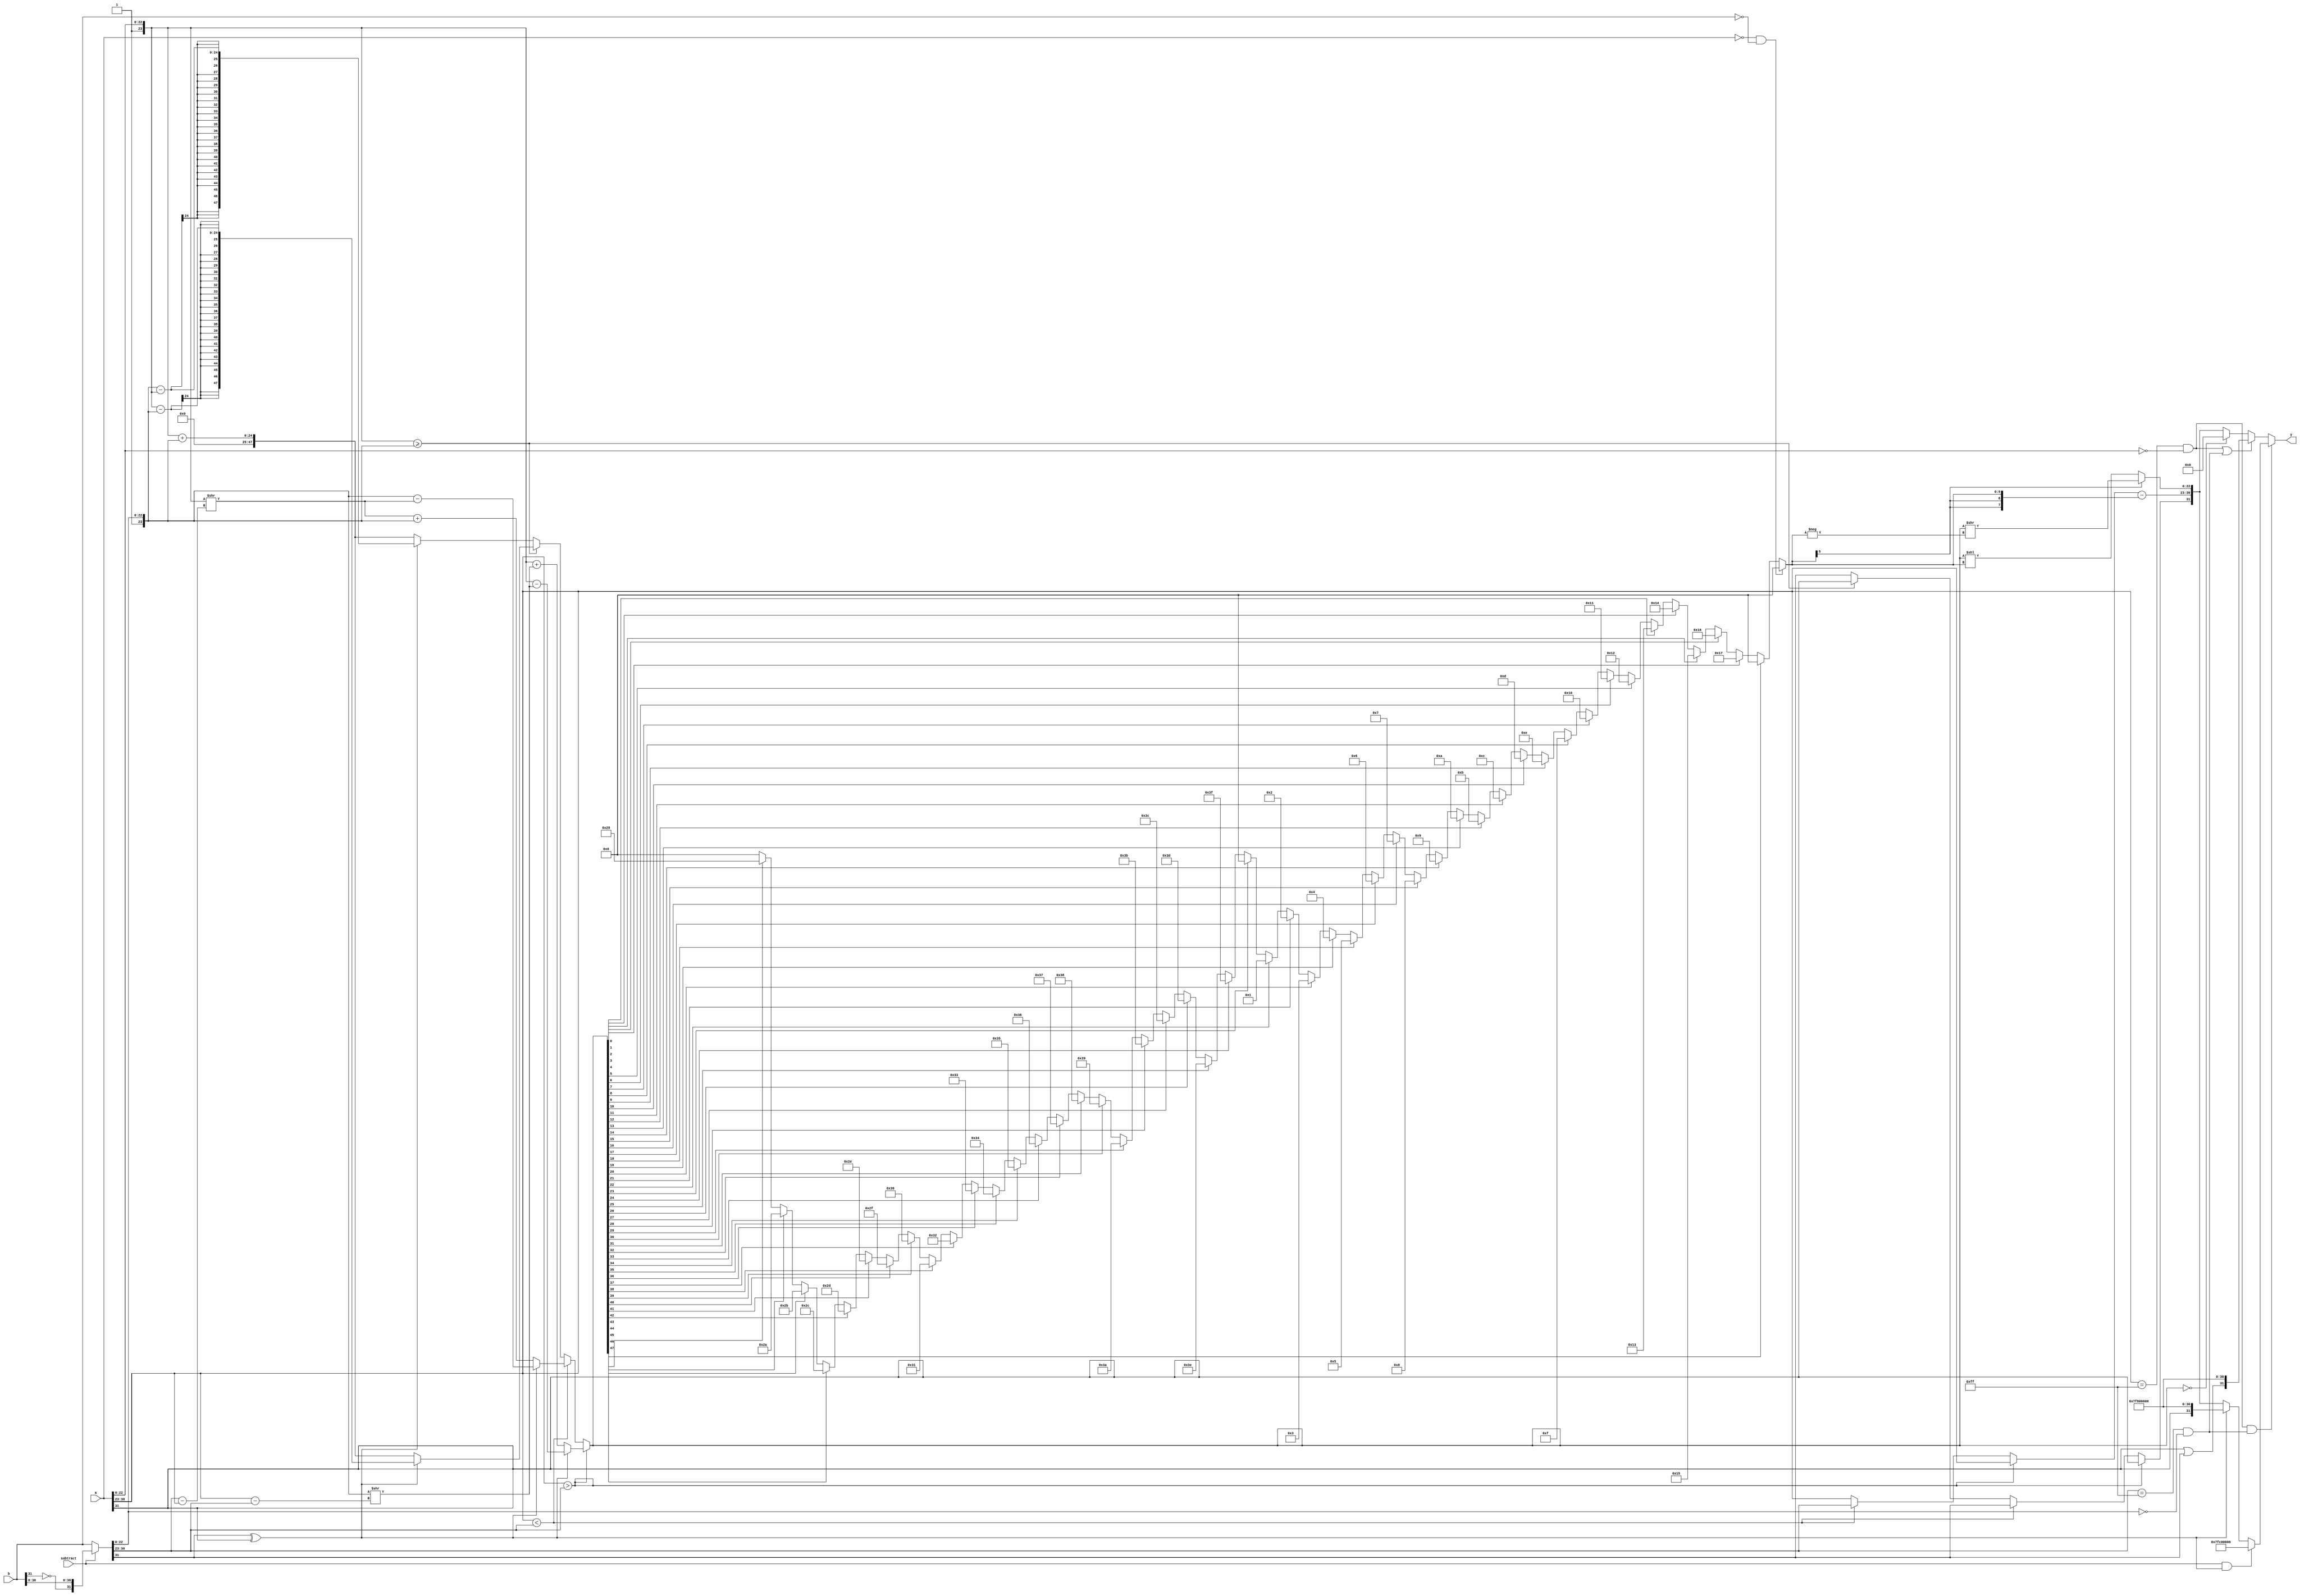
module fp_addsub (
	a,
	b,
	subtract,
	y
);
	input wire [31:0] a;
	input wire [31:0] b;
	input wire subtract;
	output reg [31:0] y;
	wire [31:0] b_neg;
	reg a_sign;
	reg b_sign;
	reg [7:0] a_exp;
	reg [7:0] b_exp;
	reg [23:0] a_frac;
	reg [23:0] b_frac;
	reg y_sign;
	reg [7:0] y_exp;
	reg [23:0] y_frac;
	reg [47:0] y_frac_intermediate;
	reg [7:0] y_exp_intermediate;
	reg [5:0] shift_amount;
	assign b_neg = (subtract ? {b[31] ^ 1'b1, b[30:0]} : b);
function automatic [5:0] priority_encoder;
    input [47:0] in;
    integer i;
    priority_encoder = 6'b000000; // Default value
    for (i = 47; i >= 0; i = i - 1) begin
        if (in[i]) begin
            priority_encoder = 23 - i;
            i = -1; // Break the loop by setting i to an invalid value
        end
    end
endfunction

	always @(*) begin
		a_sign = a[31];
		b_sign = b_neg[31];
		a_exp = a[30:23];
		b_exp = b_neg[30:23];
		a_frac = {1'b1, a[22:0]};
		b_frac = {1'b1, b_neg[22:0]};
		if (a_exp > b_exp) begin
			y_exp_intermediate = a_exp;
			if (b_sign ^ a_sign)
				y_frac_intermediate = a_frac - (b_frac >> (a_exp - b_exp));
			else
				y_frac_intermediate = a_frac + (b_frac >> (a_exp - b_exp));
			y_sign = a_sign;
		end
		else if (a_exp < b_exp) begin
			y_exp_intermediate = b_exp;
			if (b_sign ^ a_sign)
				y_frac_intermediate = b_frac - (a_frac >> (b_exp - a_exp));
			else
				y_frac_intermediate = (a_frac >> (b_exp - a_exp)) + b_frac;
			y_sign = b_sign;
		end
		else begin
			y_exp_intermediate = a_exp;
			if (a_frac >= b_frac) begin
				if (b_sign ^ a_sign)
					y_frac_intermediate = a_frac - b_frac;
				else
					y_frac_intermediate = a_frac + b_frac;
				y_sign = a_sign;
			end
			else begin
				if (b_sign ^ a_sign)
					y_frac_intermediate = b_frac - a_frac;
				else
					y_frac_intermediate = b_frac + a_frac;
				y_sign = b_sign;
			end
		end
		if ((a == 32'b00000000000000000000000000000000) && (b == 32'b00000000000000000000000000000000))
			shift_amount = 6'b000000;
		else
			shift_amount = (y_frac_intermediate[47] ? 6'b000000 : priority_encoder(y_frac_intermediate));
		if (shift_amount[5])
			y_frac = y_frac_intermediate >> -shift_amount;
		else
			y_frac = y_frac_intermediate << shift_amount;
		y_exp = y_exp_intermediate - {{2 {shift_amount[5]}}, shift_amount};
	end
	always @(*)
		if (((a[30:23] == 8'hff) && (a[22:0] == 23'b00000000000000000000000)) && ((b_neg[30:23] == 8'hff) && (b_neg[22:0] == 23'b00000000000000000000000))) begin
			if (subtract && (a_sign ^ b_sign))
				y = 32'h7fc00000;
			else if (a_sign ^ b_sign)
				y = {a_sign, 31'h7f800000};
			else
				y = {y_sign, y_exp, y_frac[22:0]};
		end
		else if (((a[30:23] == 8'hff) && (a[22:0] == 23'b00000000000000000000000)) || ((b_neg[30:23] == 8'hff) && (b_neg[22:0] == 23'b00000000000000000000000)))
			y = {a_sign | b_sign, 31'h7f800000};
		else if (y_frac_intermediate == 48'b000000000000000000000000000000000000000000000000)
			y = 32'b00000000000000000000000000000000;
		else
			y = {y_sign, y_exp, y_frac[22:0]};
endmodule